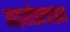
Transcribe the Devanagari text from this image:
आइसोइन्जाइम